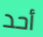
أحد